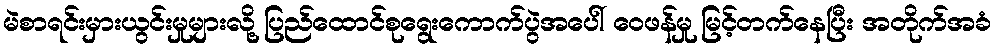
မဲစာရင်းမှားယွင်းမှုများလို့ ပြည်ထောင်စုရွေးကောက်ပွဲအပေါ် ဝေဖန်မှု မြင့်တက်နေပြီး အတိုက်အခံ